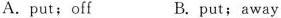
A. put; off B. put; away